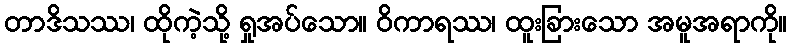
တာဒိသဿ၊ ထိုကဲ့သို့ ရှုအပ်သော။ ဝိကာရဿ၊ ထူးခြားသော အမူအရာကို။